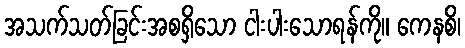
အသက်သတ်ခြင်းအစရှိသော ငါးပါးသောရန်ကို။ ကေနစိ၊